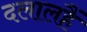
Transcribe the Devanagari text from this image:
दलालहैं